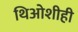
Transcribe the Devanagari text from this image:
थिओशीही